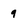
Character: q